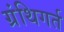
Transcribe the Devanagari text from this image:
ग्रंथिगर्त